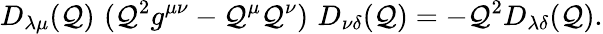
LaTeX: D_{\lambda\mu}(\mathcal{Q})\, \, (\mathcal{Q}^{2}g^{\mu\nu}-\mathcal{Q}^{\mu}\mathcal{Q}^{\nu})\, \, D_{\nu\delta}(\mathcal{Q})=-\mathcal{Q}^{2}D_{\lambda\delta}(\mathcal{Q}).